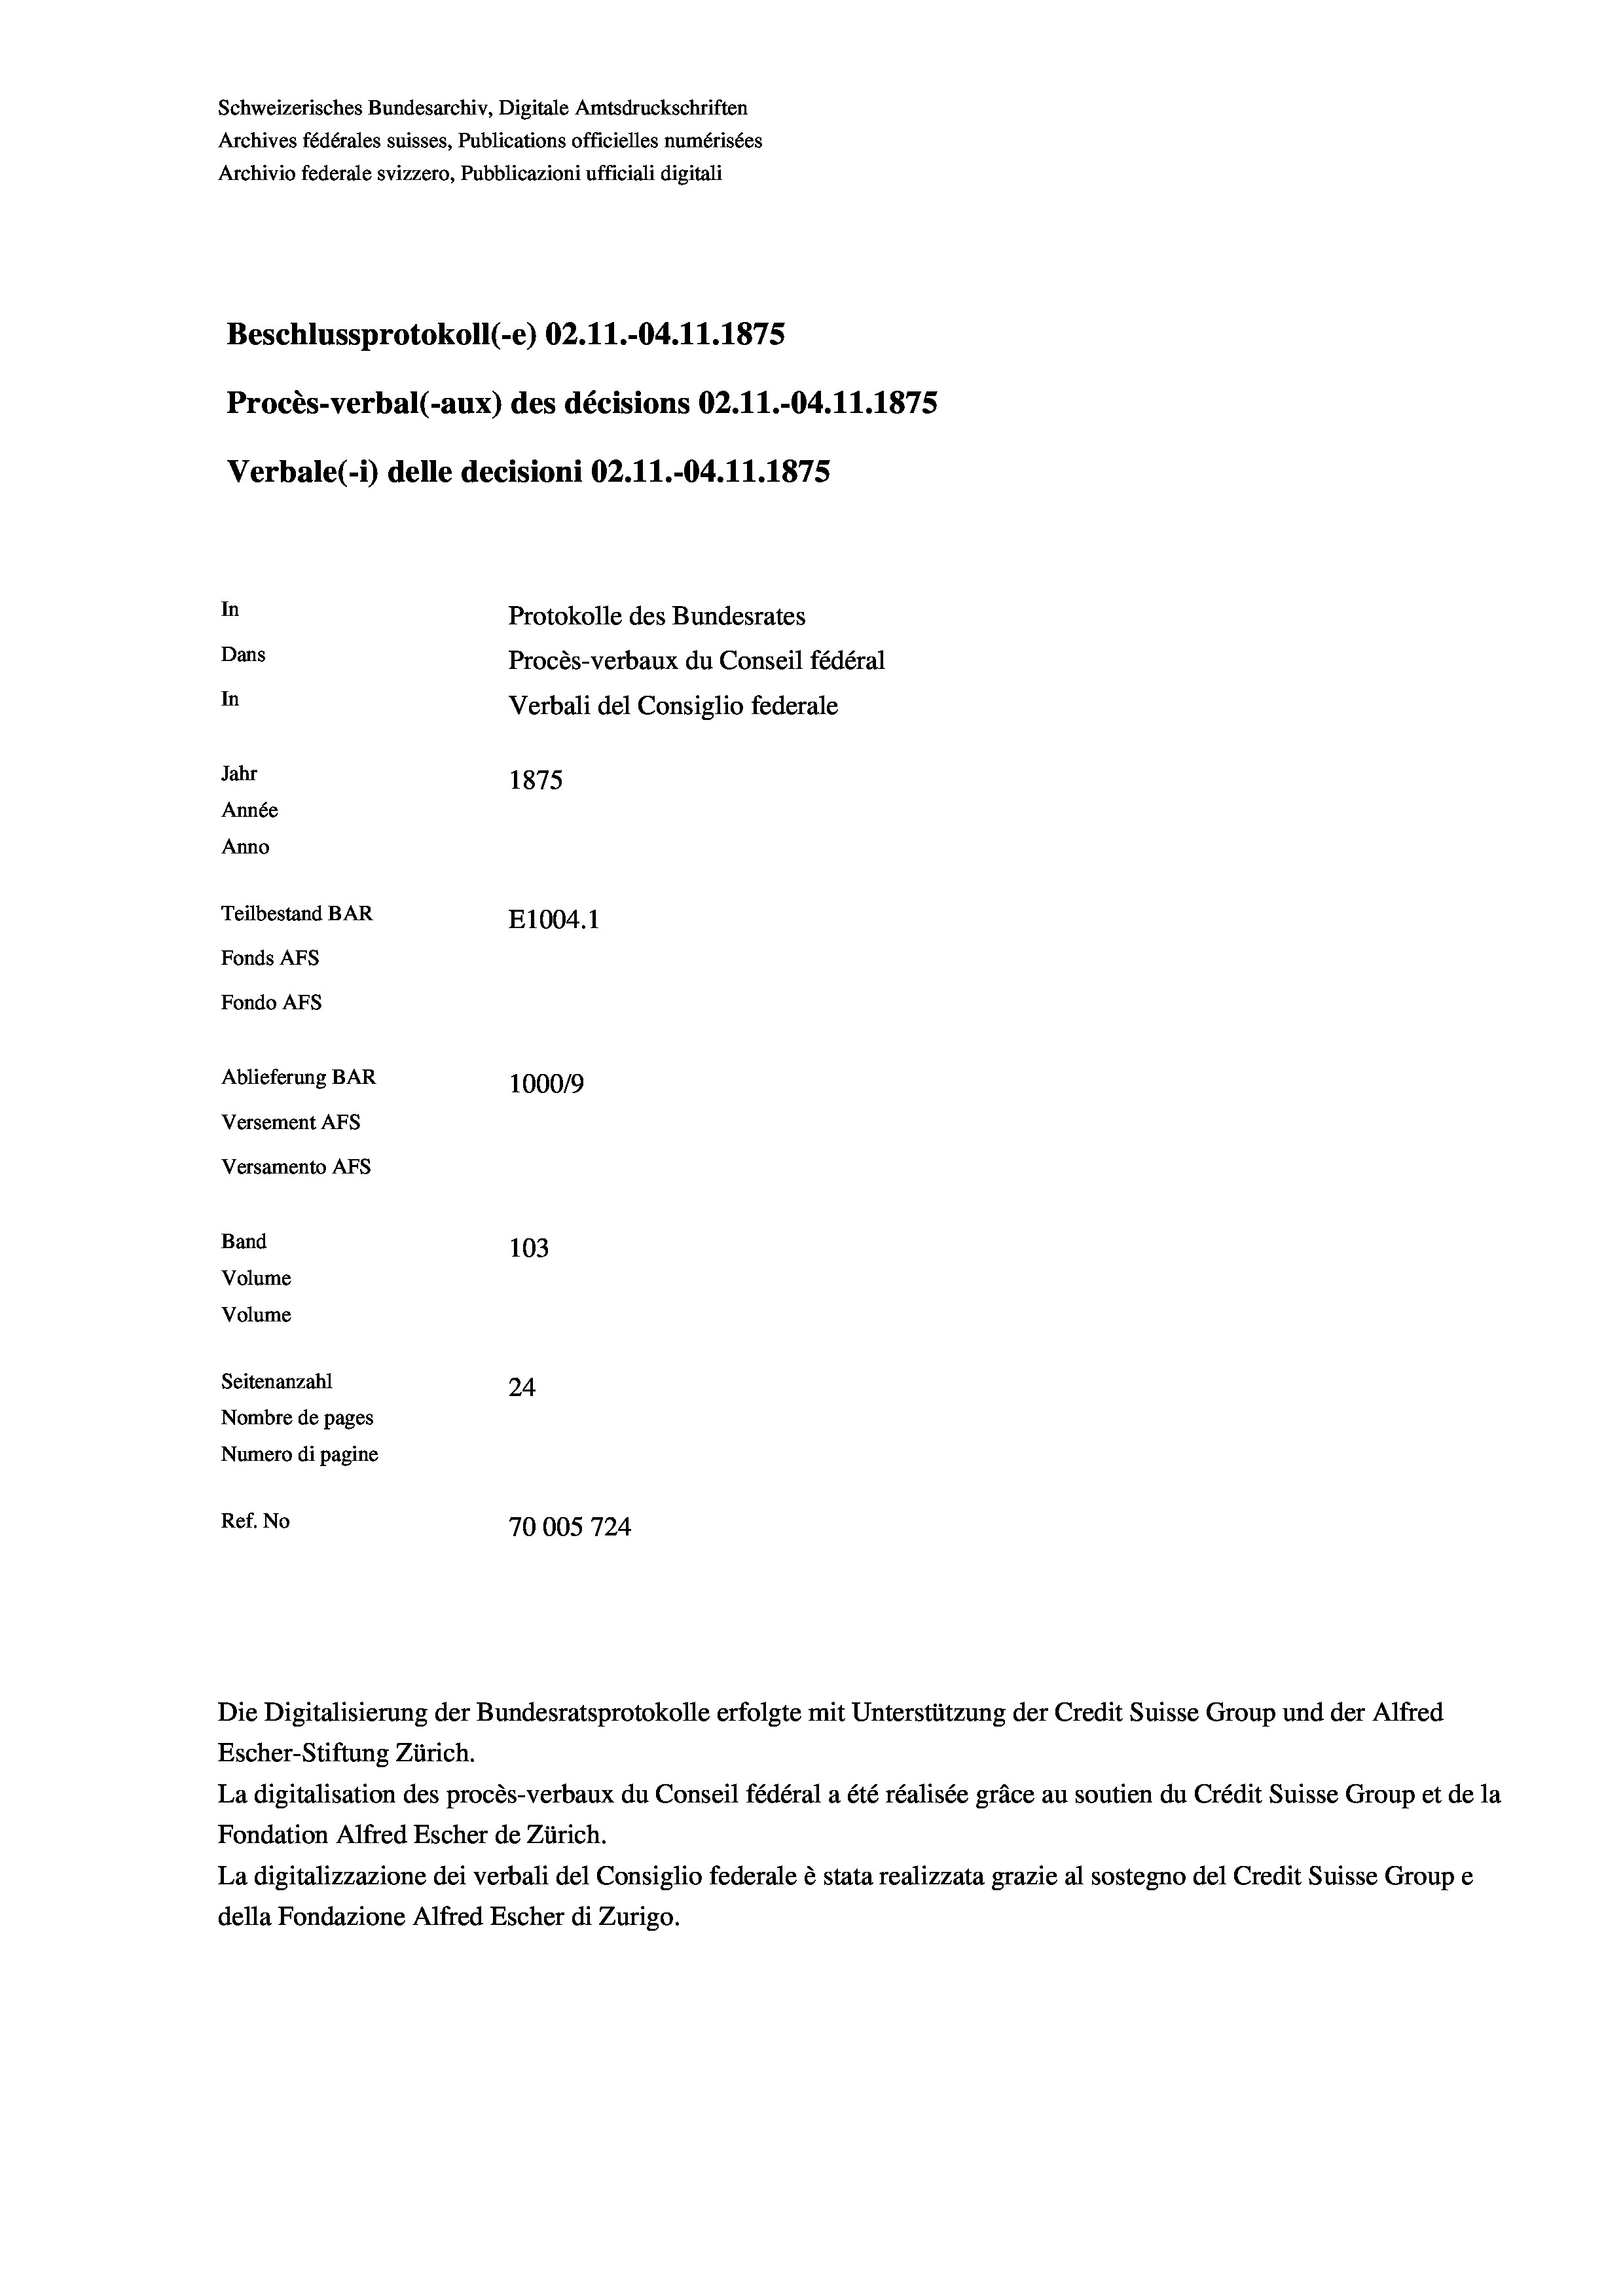
Schweizerisches Bundesarchiv, Digitale Amtsdruckschriften
Archives fédérales suisses, Publications officielles numérisées
Archivio federale svizzero, Pubblicazioni ufficiali digitali
75
Beschlussprotokoll (-e) 02.11.-04.11.1875
Procès-verbal (-aux) des décisions 02.11.-04.11.1875
Verbale (i) delle decisioni 02.11.-04.11.1875
In
Protokolle des Bundesrates
Dans
Procès-verbaux du Conseil fédéral
In
Verbali del Consiglio federale
Jahr
1875
Année
Anno
Teilbestand BAR
E1004. 1
Fonds AEs
Fondo Afs
Ablieferung BAR
100019
Versement AFs
Versamento AFS
Band
103
Volume
Volume
Seitenanzahl
24
Nombre de pages
Numero di pagine
Ref. No
70005 724

Escher-Stiftung Zürich.
La digitalisation des procès-verbaux du Conseil fédéral a été réalisée gräce au soutien du Crédit Suisse Group et de la
Fondation Alfred Escher de Zürich.
La digitalizzazione dei verbali del Consiglio federale è stata realizzata grazie al sostegno del Credit Suisse Groupe
della Fondazione Alfred Escher di Zurigo.

Die Digitalisierung der Bundesratsprotokolle erfolgte mit Unterstützung der Credit Suisse Group und der Alfred